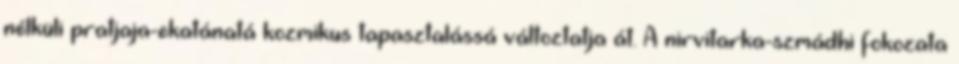
nélküli pratjaja-ekatánatá kozmikus tapasztalássá változtatja át. A nirvitarka-szmádhi fokozata